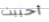
أحببت